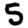
Digit: 5